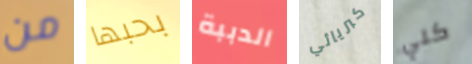
من بحبها الدببة كبريائي كلي